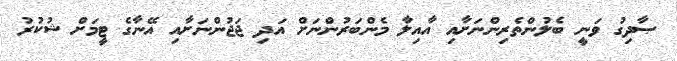
ޞާދިގު ވަނީ ބެލުންތެރިންނަށާއި އާއިލާ މެންބަރުންނަށް އަދި ޖަޖުންނަށާއި އޭނާގެ ޓީމަށް ޝުކުރު